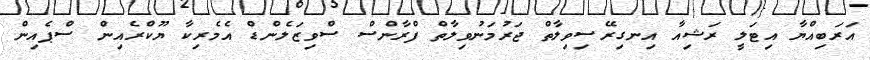
އަރަބިއްޔާ އިޓަލީ ރަޝިއާ އިނގިރޭސިވިލާތް ޖަރުމަނުވިލާތް ފްރާންސް ސްވިޒަލެންޑް އެމެރިކާ ޔޫކްރެއިން ސްޕެއިން